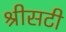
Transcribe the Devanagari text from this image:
श्रीसटी